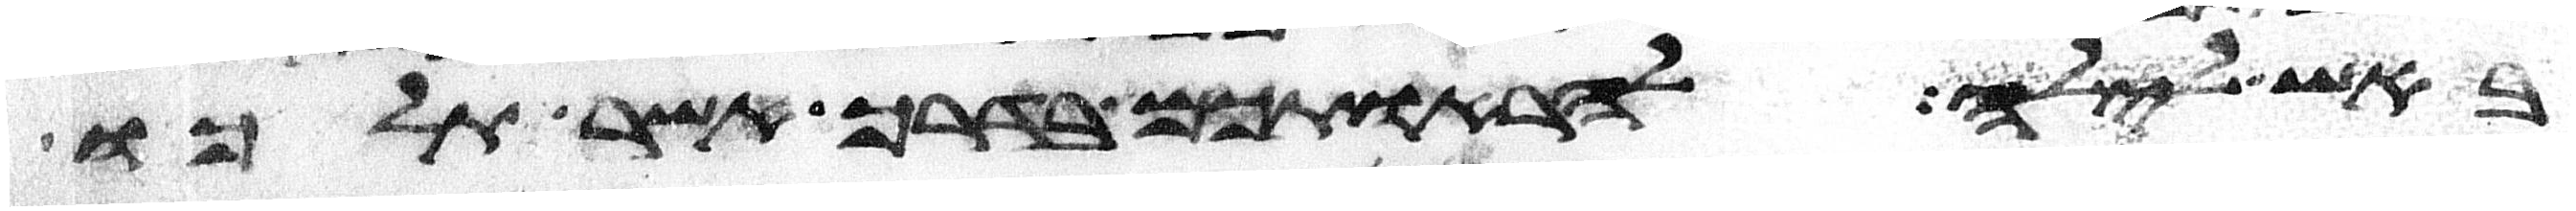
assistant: באש לילה להראותכם בדרך אשר תלכו